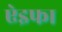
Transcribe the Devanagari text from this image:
ऐइफा